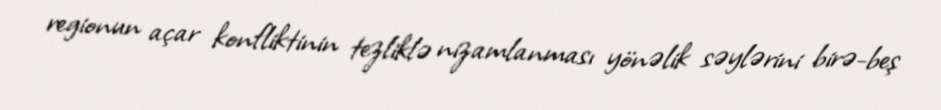
regionun açar konfliktinin tezliklə nizamlanması yönəlik səylərini birə-beş